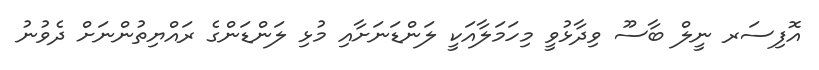
އޮފިސަރ ނީލް ބާސޫ ވިދާޅުވީ މިހަމަލާއަކީ ލަންޑަނަށާއި މުޅި ލަންޑަންގެ ރައްޔިތުންނަށް ދެވުނު